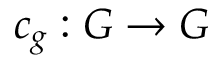
c _ { g } : G \to G